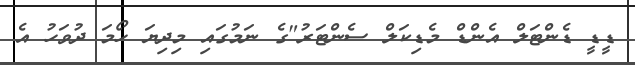
ޑީޑީ ޑެންޓަލް އެންޑް މެޑިކަލް ސެންޓަރު"ގެ ނަމުގައި މިދިޔަ ހޯމަ ދުވަހު އެ